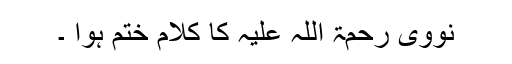
نووی رحمۃ اللہ علیہ کا کلام ختم ہوا ۔